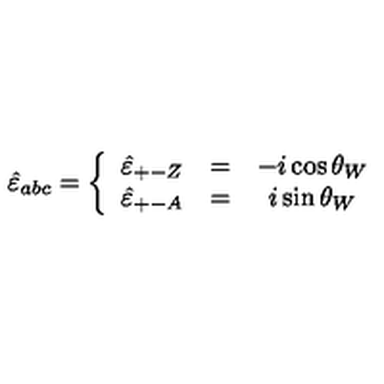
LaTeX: \hat { \varepsilon } _ { a b c } = \left\{ \begin{array} { c c c } { \hat { \varepsilon } _ { + - Z } } & { = } & { - i \cos \theta _ { W } } \\ { \hat { \varepsilon } _ { + - A } } & { = } & { i \sin \theta _ { W } } \\ \end{array} \right.